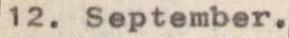
12. September.